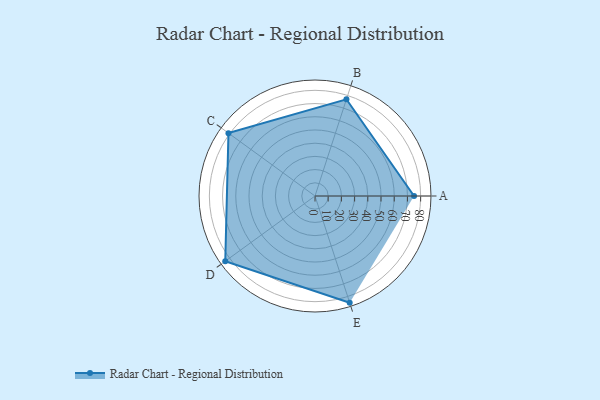
{"axis": {"x": "Skill", "y": "Score"}, "legend": ["Profile"], "data": [{"x": "A", "y": 75.0, "type": "Profile"}, {"x": "B", "y": 77.0, "type": "Profile"}, {"x": "C", "y": 81.0, "type": "Profile"}, {"x": "D", "y": 84.0, "type": "Profile"}, {"x": "E", "y": 85.0, "type": "Profile"}]}